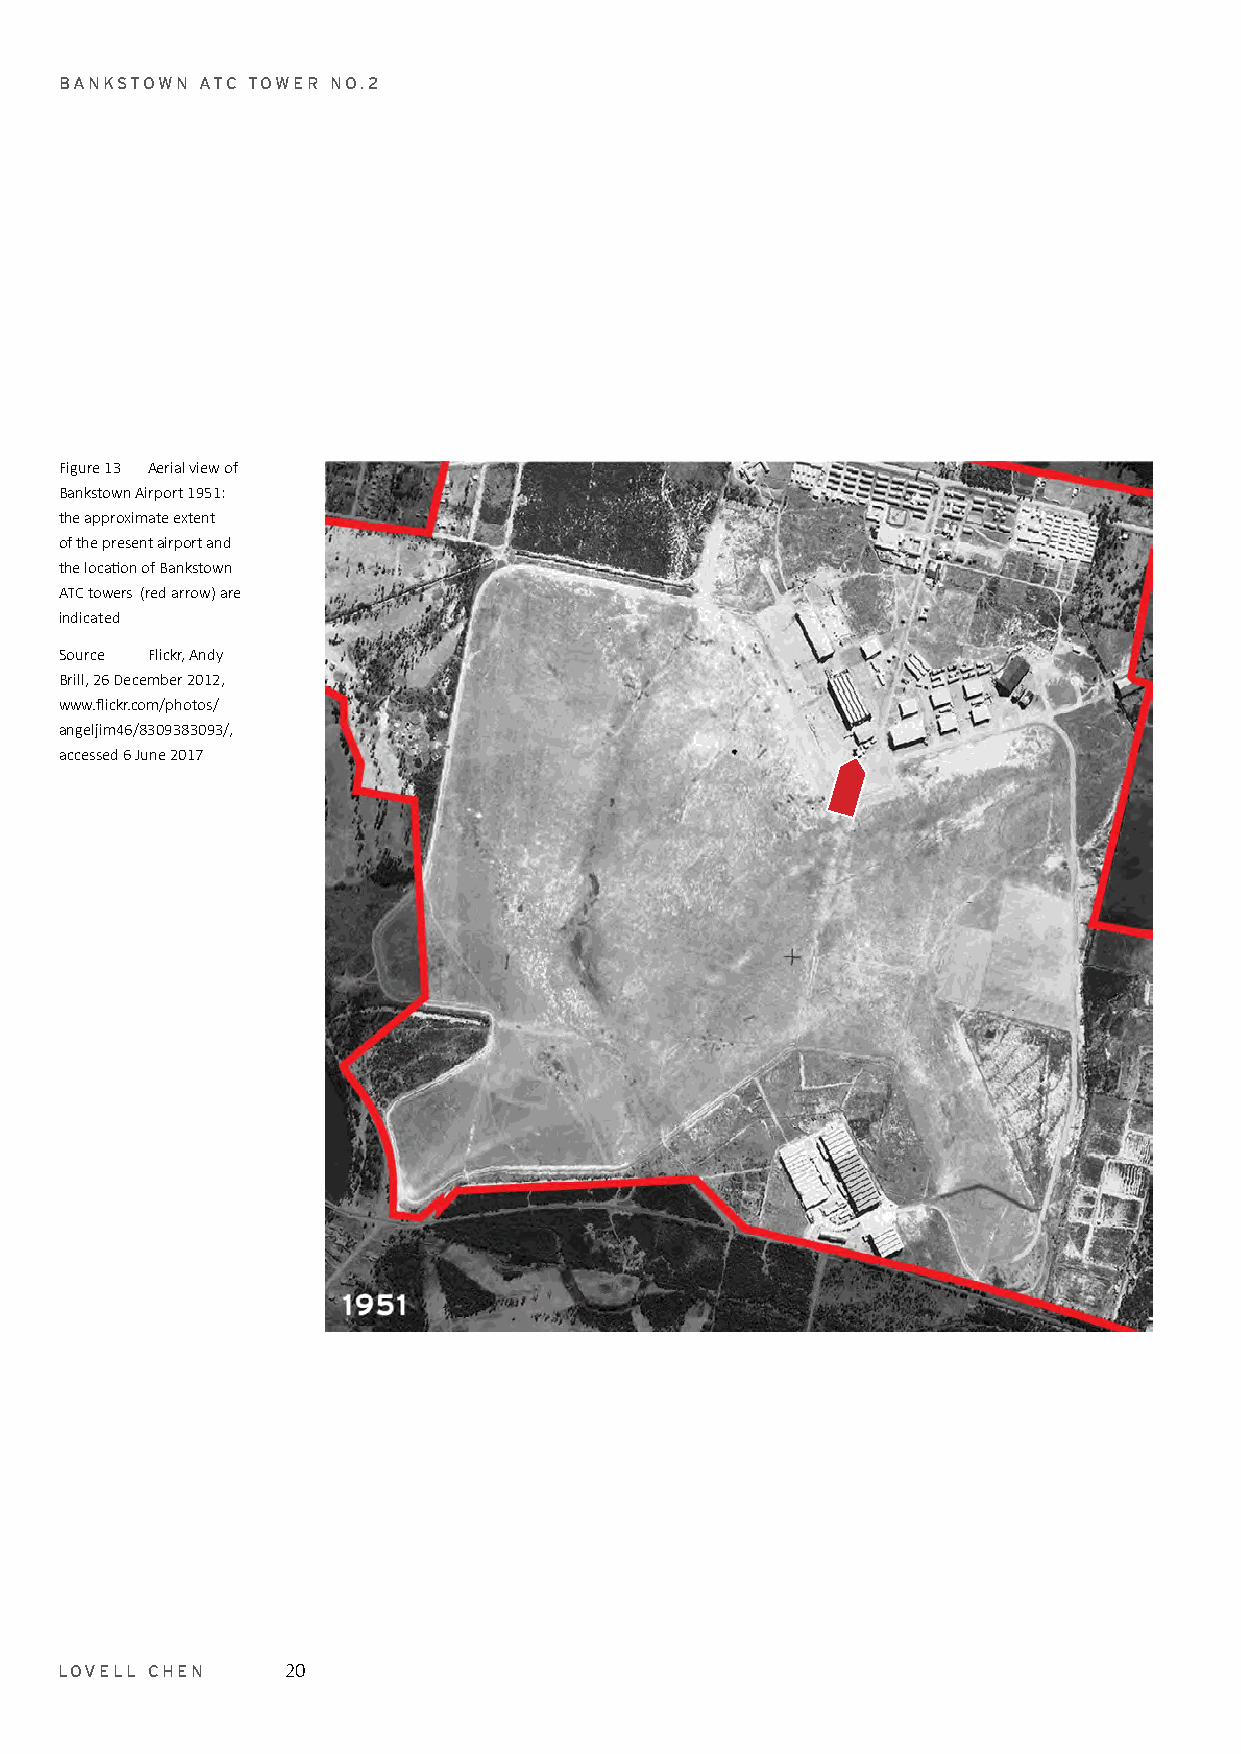
BANKSTOWN ATC TOWER NO.2
 Figure 13 Aerial view of
 Bankstown Airport 1951:
 the approximate extent
 of the present airport and
 the location of Bankstown
 ATC towers (red arrow) are
 indicated
 Source Flickr, Andy
 Brill, 26 December 2012,
 www.flickr.com/photos/
 angeljim46/8309383093/,
 accessed 6 June 2017
 LOVELL CHEN    20